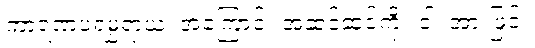
ကာရဏပရမ္ပရာယ၊ အကြောင်း အဆင့်ဆင့်ကို။ ဝါ၊ အားဖြင့်။